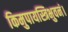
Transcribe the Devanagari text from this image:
किमुपायस्त्रिभुवनं।